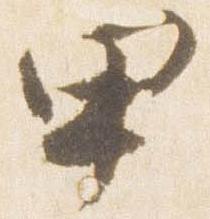
甲